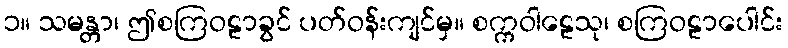
၁။ သမန္တာ၊ ဤစကြဝဠာခွင် ပတ်ဝန်းကျင်မှ။ စက္ကဝါဠေသု၊ စကြဝဠာပေါင်း